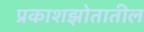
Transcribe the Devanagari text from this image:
प्रकाशझोतातील